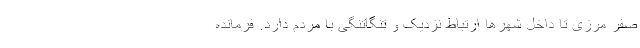
صفر مرزی تا داخل شهرها ارتباط نزدیک و تنگاتنگی با مردم دارد. فرمانده